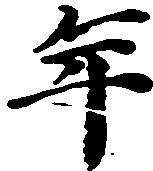
年